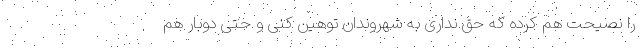
را نصیحت هم کرده که حق نداری به شهروندان توهین کنی و حتی دوبار هم